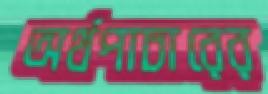
অর্থপাচারের